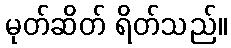
မုတ်ဆိတ် ရိတ်သည်။